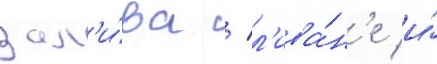
зал'и́ва / л'ива́н'е и́